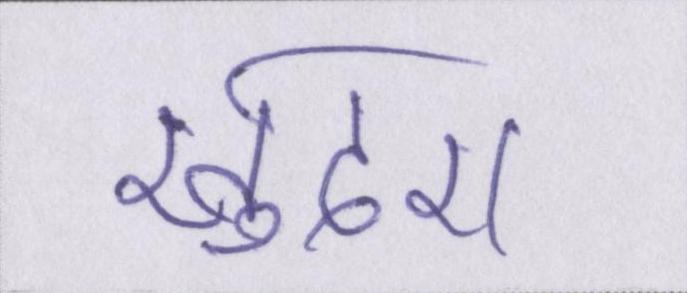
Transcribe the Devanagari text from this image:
खुदरा